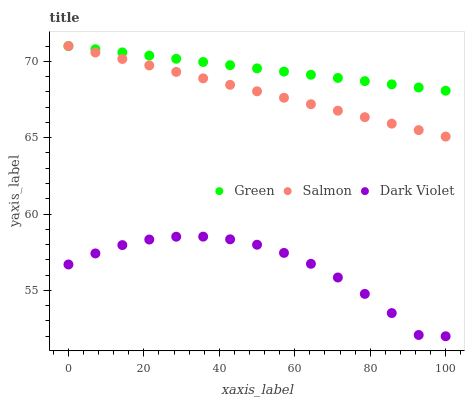
| xaxis_label | Green | Salmon | Dark Violet |
 | --- | --- | --- | --- |
 | 0 | 71 | 71 | 56.7 |
 | 7.14 | 70.8 | 70.6 | 57.4 |
 | 14.3 | 70.6 | 70.2 | 58 |
 | 21.4 | 70.4 | 69.7 | 58.3 |
 | 28.6 | 70.2 | 69.3 | 58.5 |
 | 35.7 | 70 | 68.9 | 58.5 |
 | 42.9 | 69.7 | 68.5 | 58.3 |
 | 50 | 69.5 | 68 | 58 |
 | 57.1 | 69.3 | 67.6 | 57.5 |
 | 64.3 | 69.1 | 67.2 | 56.7 |
 | 71.4 | 68.9 | 66.8 | 55.8 |
 | 78.6 | 68.7 | 66.3 | 54.8 |
 | 85.7 | 68.5 | 65.9 | 53.5 |
 | 92.9 | 68.3 | 65.5 | 52.1 |
 | 100 | 68.1 | 65.1 | 52 |